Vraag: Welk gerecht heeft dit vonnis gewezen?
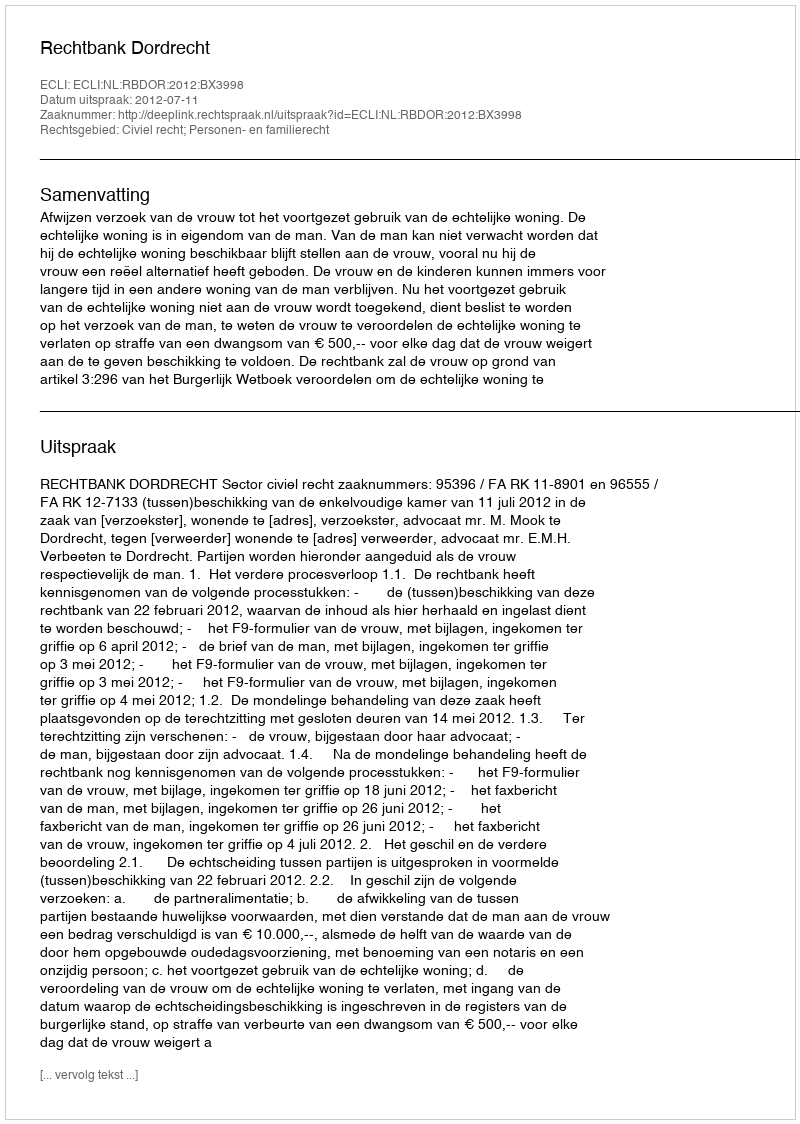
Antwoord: Rechtbank Dordrecht